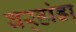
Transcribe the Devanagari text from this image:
वर्‍हांडा